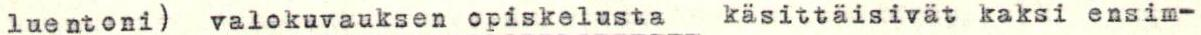
luentoni) valokuvauksen opiskelusta käsittäisivät kaksi ensim-